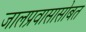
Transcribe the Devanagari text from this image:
जालप्रवासासोबत